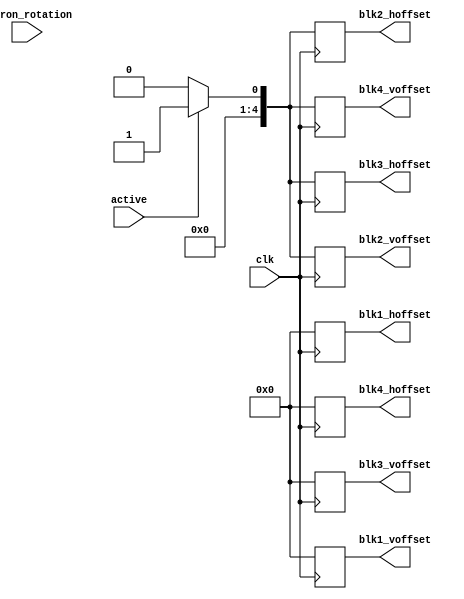
`default_nettype none
`timescale 1ns/1ns

module tetron_O_shaper(
    input wire clk,
    input wire active,
    input wire [2:0] tetron_rotation,
    output reg [4:0] blk1_voffset,
    output reg [4:0] blk1_hoffset,
    output reg [4:0] blk2_voffset,
    output reg [4:0] blk2_hoffset,
    output reg [4:0] blk3_voffset,
    output reg [4:0] blk3_hoffset,
    output reg [4:0] blk4_voffset,
    output reg [4:0] blk4_hoffset
);

    always @(posedge clk) begin
        if (!active) begin
            blk1_voffset <= 0;
            blk1_hoffset <= 0;
            blk2_voffset <= 0;
            blk2_hoffset <= 0;
            blk3_voffset <= 0;
            blk3_hoffset <= 0;
            blk4_voffset <= 0;
            blk4_hoffset <= 0;
        end else begin
            blk1_voffset <= 0;
            blk1_hoffset <= 0;

            blk2_voffset <= 1;
            blk2_hoffset <= 1;
            blk3_voffset <= 0;
            blk3_hoffset <= 1;
            blk4_voffset <= 1;
            blk4_hoffset <= 0;
        end
    end
endmodule